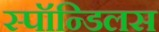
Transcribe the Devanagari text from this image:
स्पॉन्डिलस